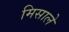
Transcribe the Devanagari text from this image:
मिसाले